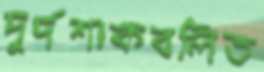
দুর্দশাকবলিত